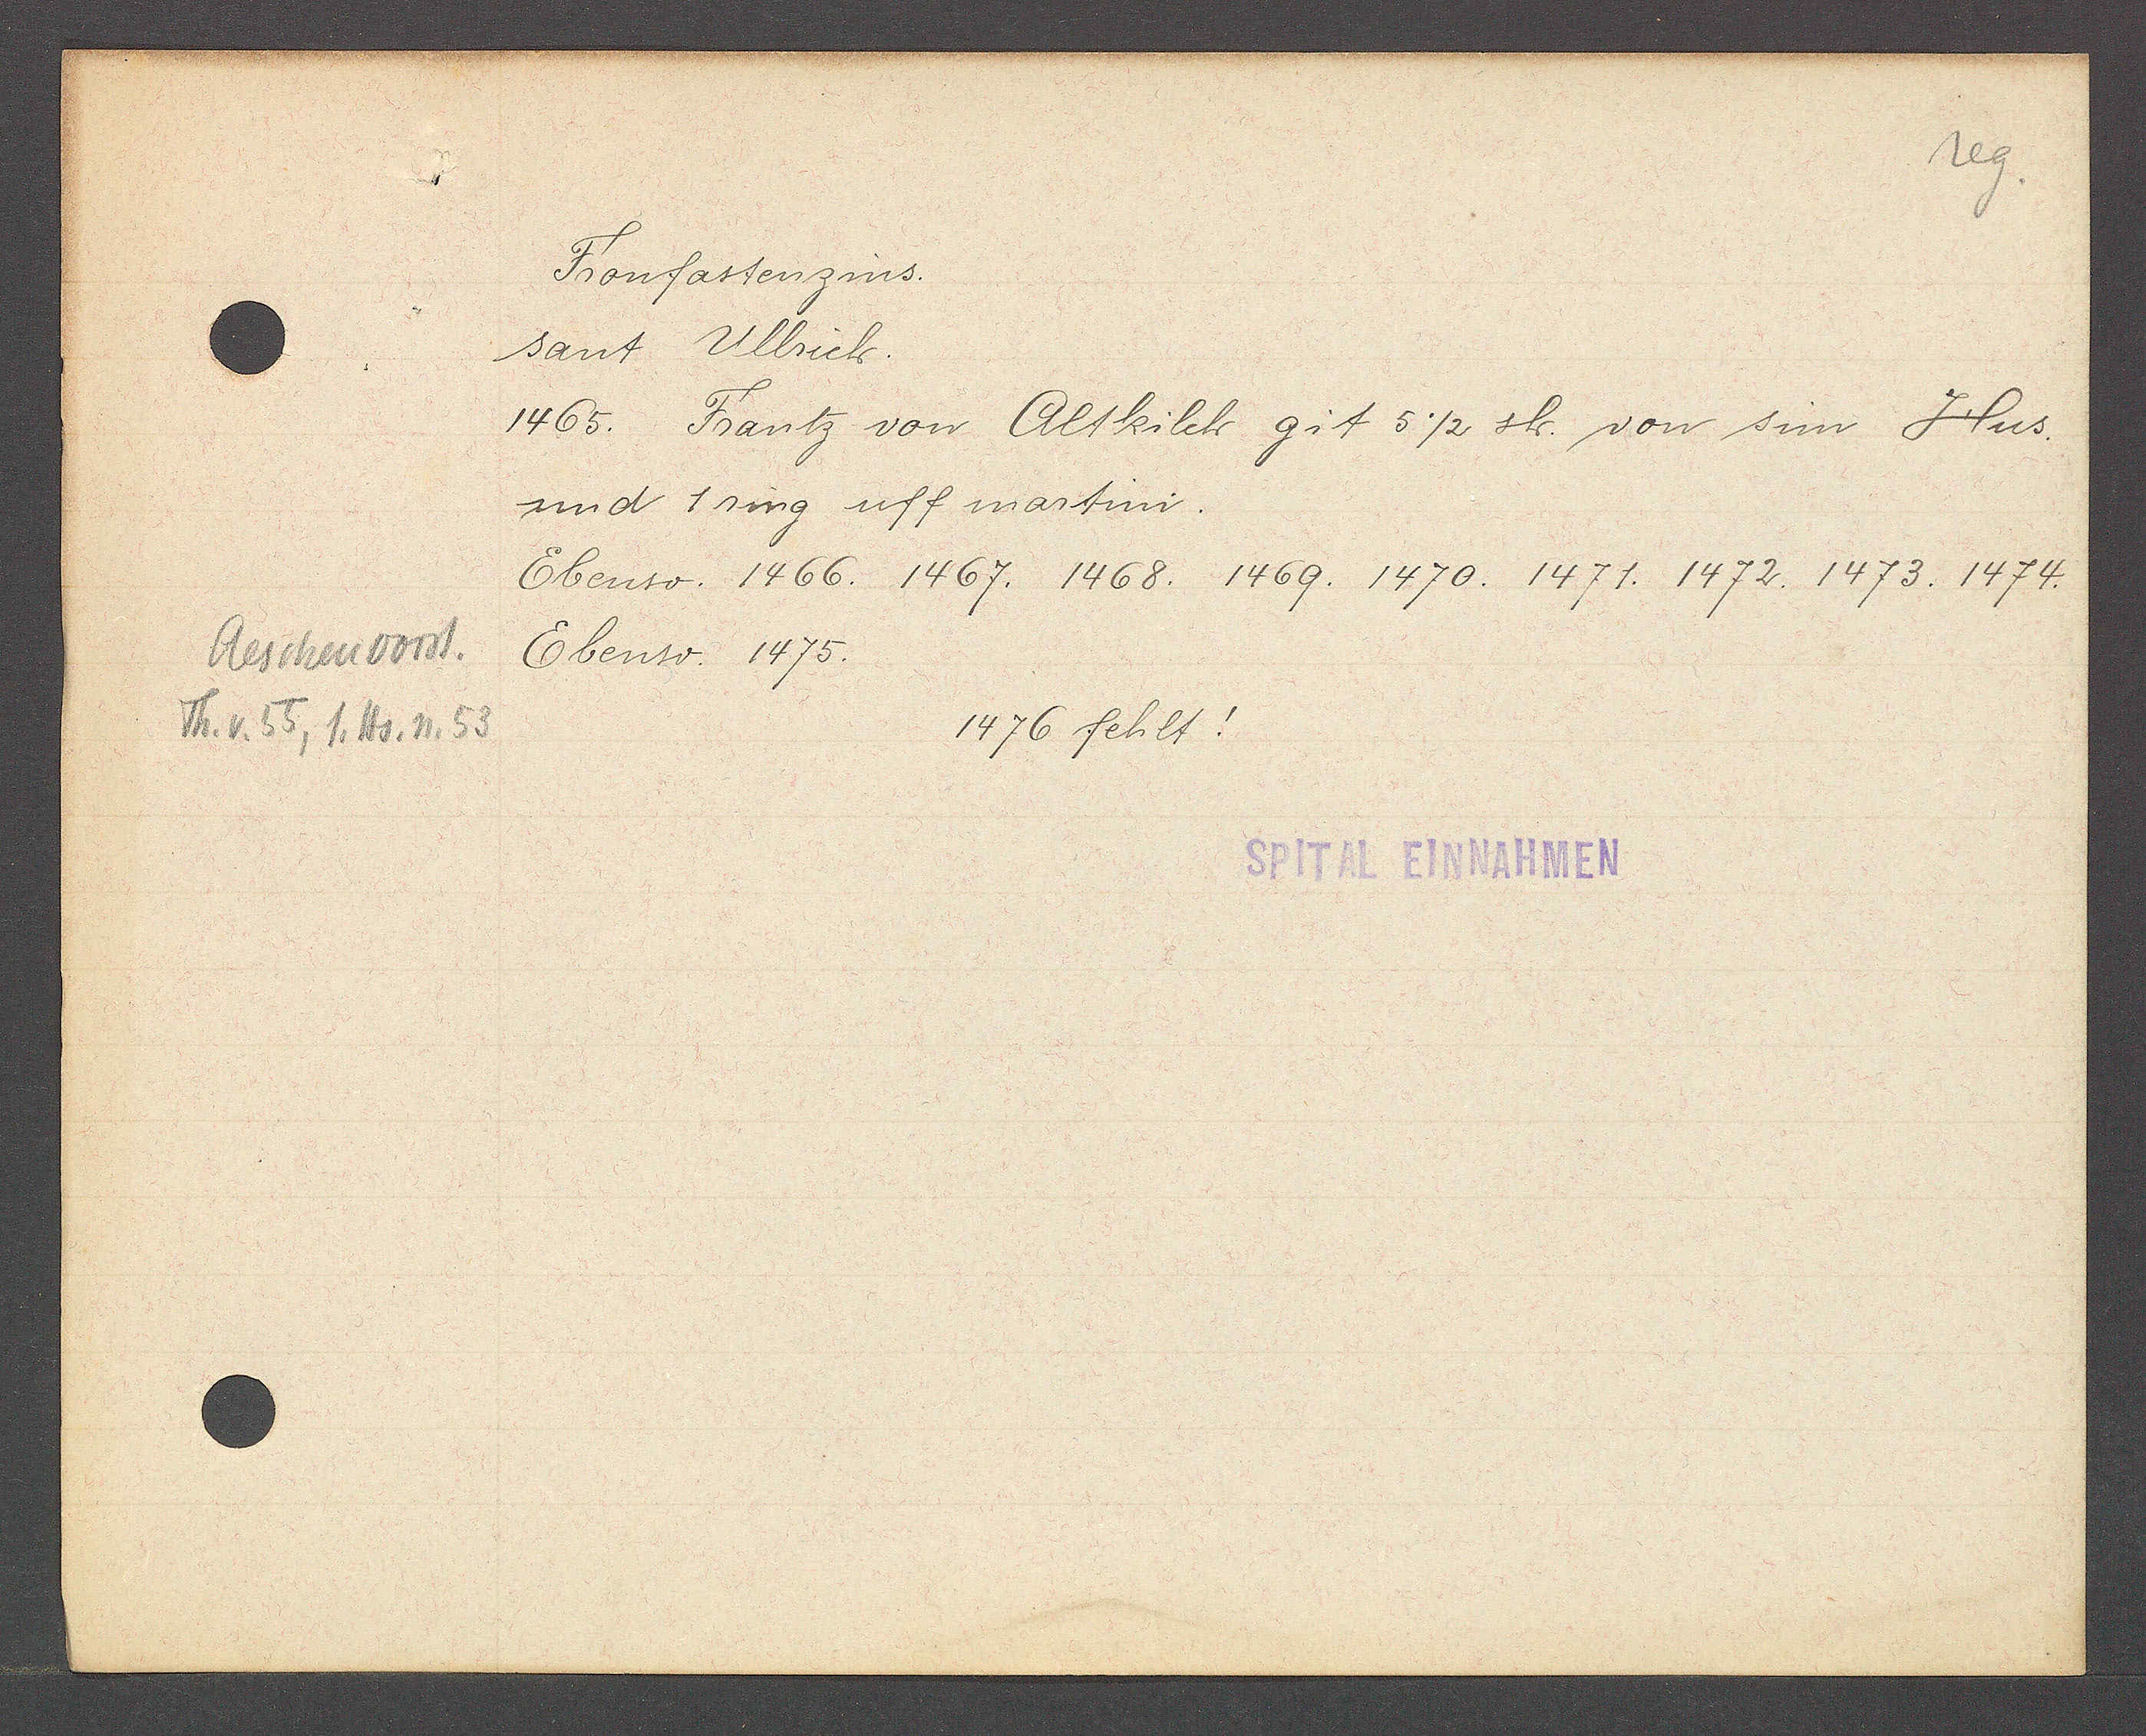
Transcript:
Aeschenvorst.
Th. v, 55, 1. Hs. n. 53

Fronfastenzins.

SPITAL EINNAHMEN

sant Ullrich.
1465. Frantz von Altkilch git 5 ½ sh. von sim Hus
und 1 ring uff martini.
Ebenso. 1466. 1467. 1468. 1469. 1470. 1471. 1472. 1473. 1474.
Ebenso. 1475.
1476 fehlt!